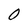
Character: 0